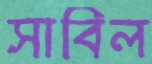
সাবিল